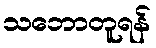
သဘောတူရန်